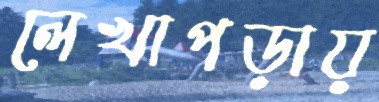
লেখাপড়ায়